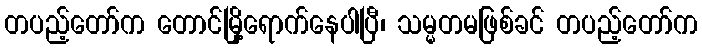
တပည့်တော်က တောင်မြို့ရောက်နေပါပြီ၊ သမ္မတမဖြစ်ခင် တပည့်တော်က